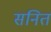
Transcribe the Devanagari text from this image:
सनित